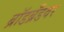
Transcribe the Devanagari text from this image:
ब्रॉडब्रँडवर